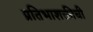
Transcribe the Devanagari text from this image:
प्रतिभाशक्तीची